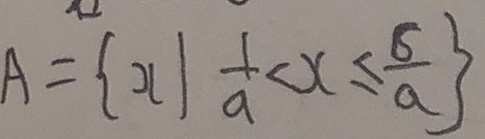
A = \{ x \vert \frac { 1 } { a } < x \leq \frac { 6 } { a } \}